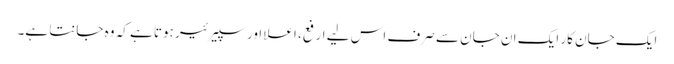
ایک جان کار ایک ان جان سے صرف اس لیے ارفع، اعلا اور سپیرئیر ہوتا ہے کہ وہ جانتا ہے۔